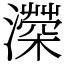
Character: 𤀻